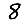
Digit: 8